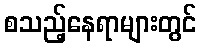
စသည့်နေရာများတွင်